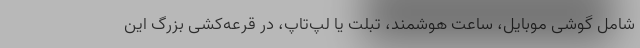
شامل گوشی موبایل، ساعت هوشمند، تبلت یا لپ‌تاپ، در قرعه‌کشی بزرگ این